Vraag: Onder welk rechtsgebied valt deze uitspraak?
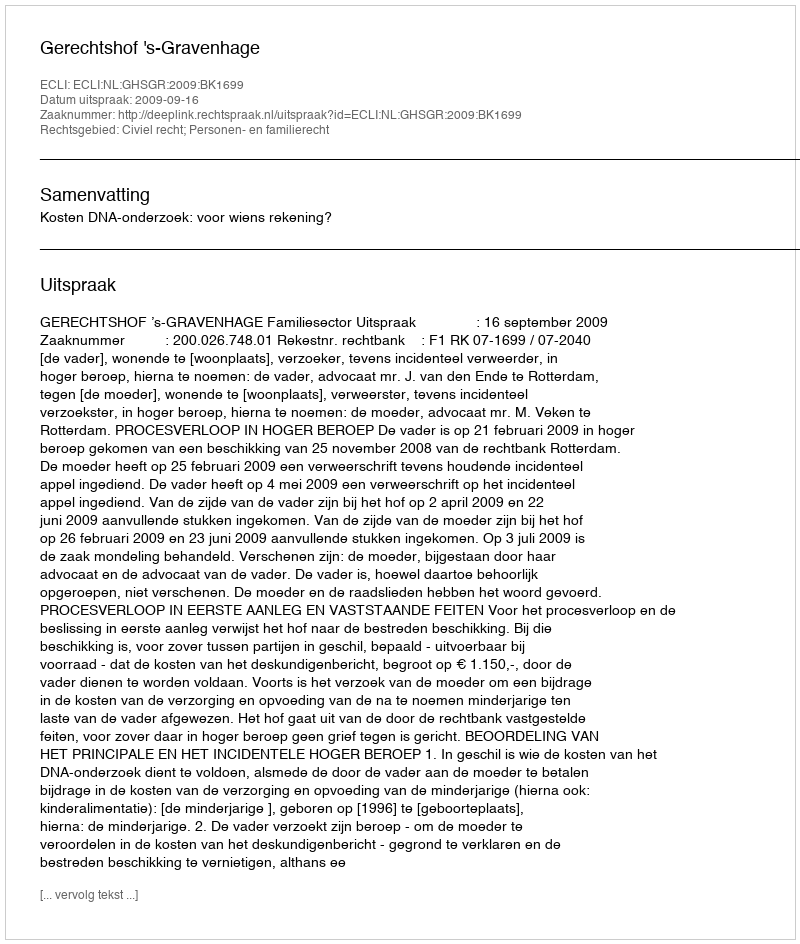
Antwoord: Civiel recht; Personen- en familierecht